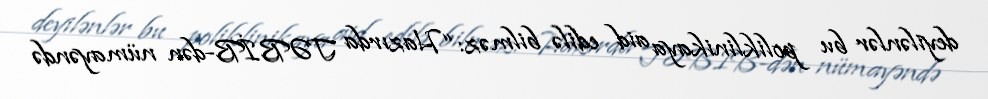
deyilənlər bu poliklinikaya aid edilə bilməz: “Hazırda TƏBİB-dən nümayəndə